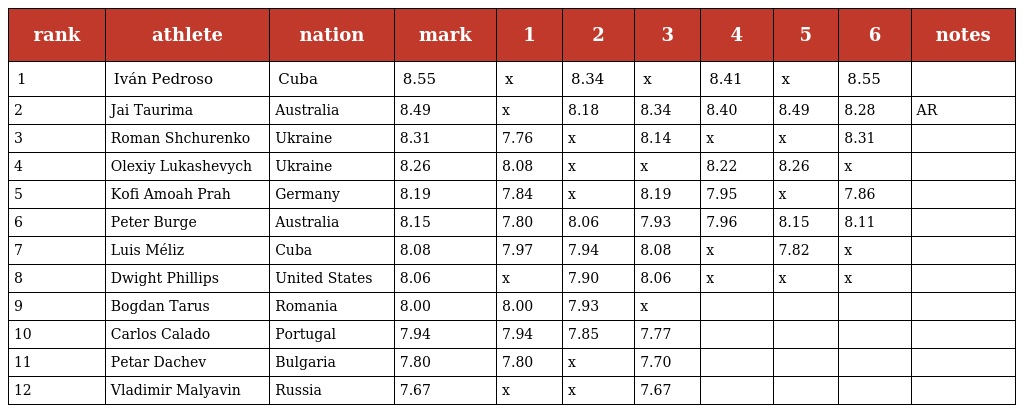
| rank | athlete | nation | mark | 1 | 2 | 3 | 4 | 5 | 6 | notes |
 | --- | --- | --- | --- | --- | --- | --- | --- | --- | --- | --- |
 | 1 | Iván Pedroso | Cuba | 8.55 | x | 8.34 | x | 8.41 | x | 8.55 |  |
 | 2 | Jai Taurima | Australia | 8.49 | x | 8.18 | 8.34 | 8.40 | 8.49 | 8.28 | AR |
 | 3 | Roman Shchurenko | Ukraine | 8.31 | 7.76 | x | 8.14 | x | x | 8.31 |  |
 | 4 | Olexiy Lukashevych | Ukraine | 8.26 | 8.08 | x | x | 8.22 | 8.26 | x |  |
 | 5 | Kofi Amoah Prah | Germany | 8.19 | 7.84 | x | 8.19 | 7.95 | x | 7.86 |  |
 | 6 | Peter Burge | Australia | 8.15 | 7.80 | 8.06 | 7.93 | 7.96 | 8.15 | 8.11 |  |
 | 7 | Luis Méliz | Cuba | 8.08 | 7.97 | 7.94 | 8.08 | x | 7.82 | x |  |
 | 8 | Dwight Phillips | United States | 8.06 | x | 7.90 | 8.06 | x | x | x |  |
 | 9 | Bogdan Tarus | Romania | 8.00 | 8.00 | 7.93 | x |  |  |  |  |
 | 10 | Carlos Calado | Portugal | 7.94 | 7.94 | 7.85 | 7.77 |  |  |  |  |
 | 11 | Petar Dachev | Bulgaria | 7.80 | 7.80 | x | 7.70 |  |  |  |  |
 | 12 | Vladimir Malyavin | Russia | 7.67 | x | x | 7.67 |  |  |  |  |